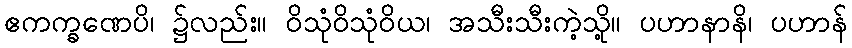
ဧကက္ခဏေပိ၊ ၌လည်း။ ဝိသုံဝိသုံဝိယ၊ အသီးသီးကဲ့သို့။ ပဟာနာနိ၊ ပဟာန်